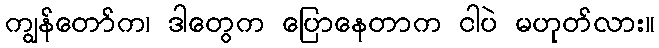
ကျွန်တော်က၊ ဒါတွေက ပြောနေတာက ငါပဲ မဟုတ်လား။